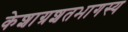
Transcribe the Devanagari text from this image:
केशाग्रशतभागस्य